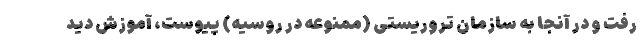
رفت و در آنجا به سازمان تروریستی (ممنوعه در روسیه) پیوست، آموزش دید